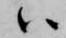
ハ